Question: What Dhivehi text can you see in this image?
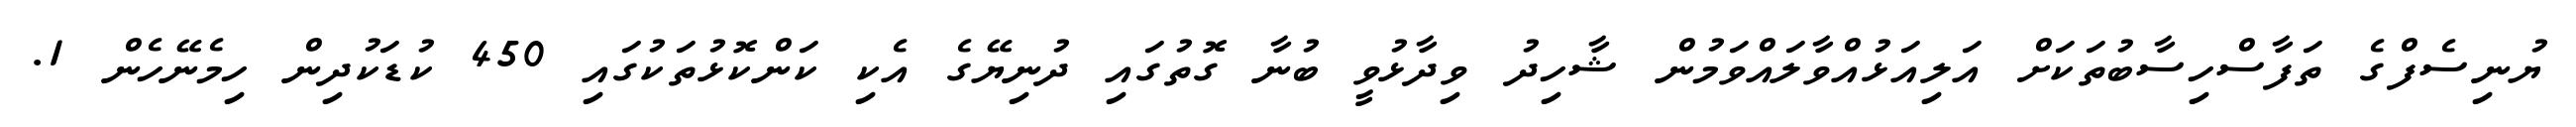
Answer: ޔުނިސެފްގެ ތަފާސްހިސާބުތަކަށް އަލިއަޅުއްވާލައްވަމުން ޝާހިދު ވިދާޅުވީ ބުނާ ގޮތުގައި ދުނިޔޭގެ އެކި ކަންކޮޅުތަކުގައި 450 ކުޑަކުދިން ހިމެނޭހެން 1.